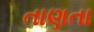
તાણતા